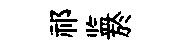
祁监於